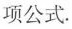
项公式.